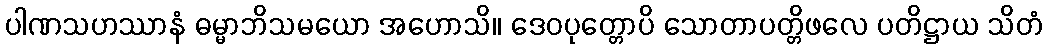
ပါဏသဟဿာနံ ဓမ္မာဘိသမယော အဟောသိ။ ဒေဝပုတ္တောပိ သောတာပတ္တိဖလေ ပတိဋ္ဌာယ သိတံ